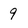
Character: 9